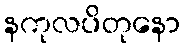
နကုလပိတုနော